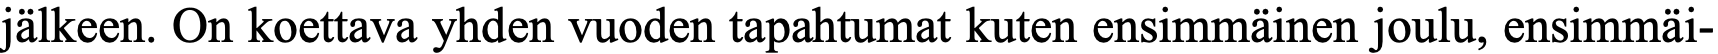
jälkeen. On koettava yhden vuoden tapahtumat kuten ensimmäinen joulu, ensimmäi-